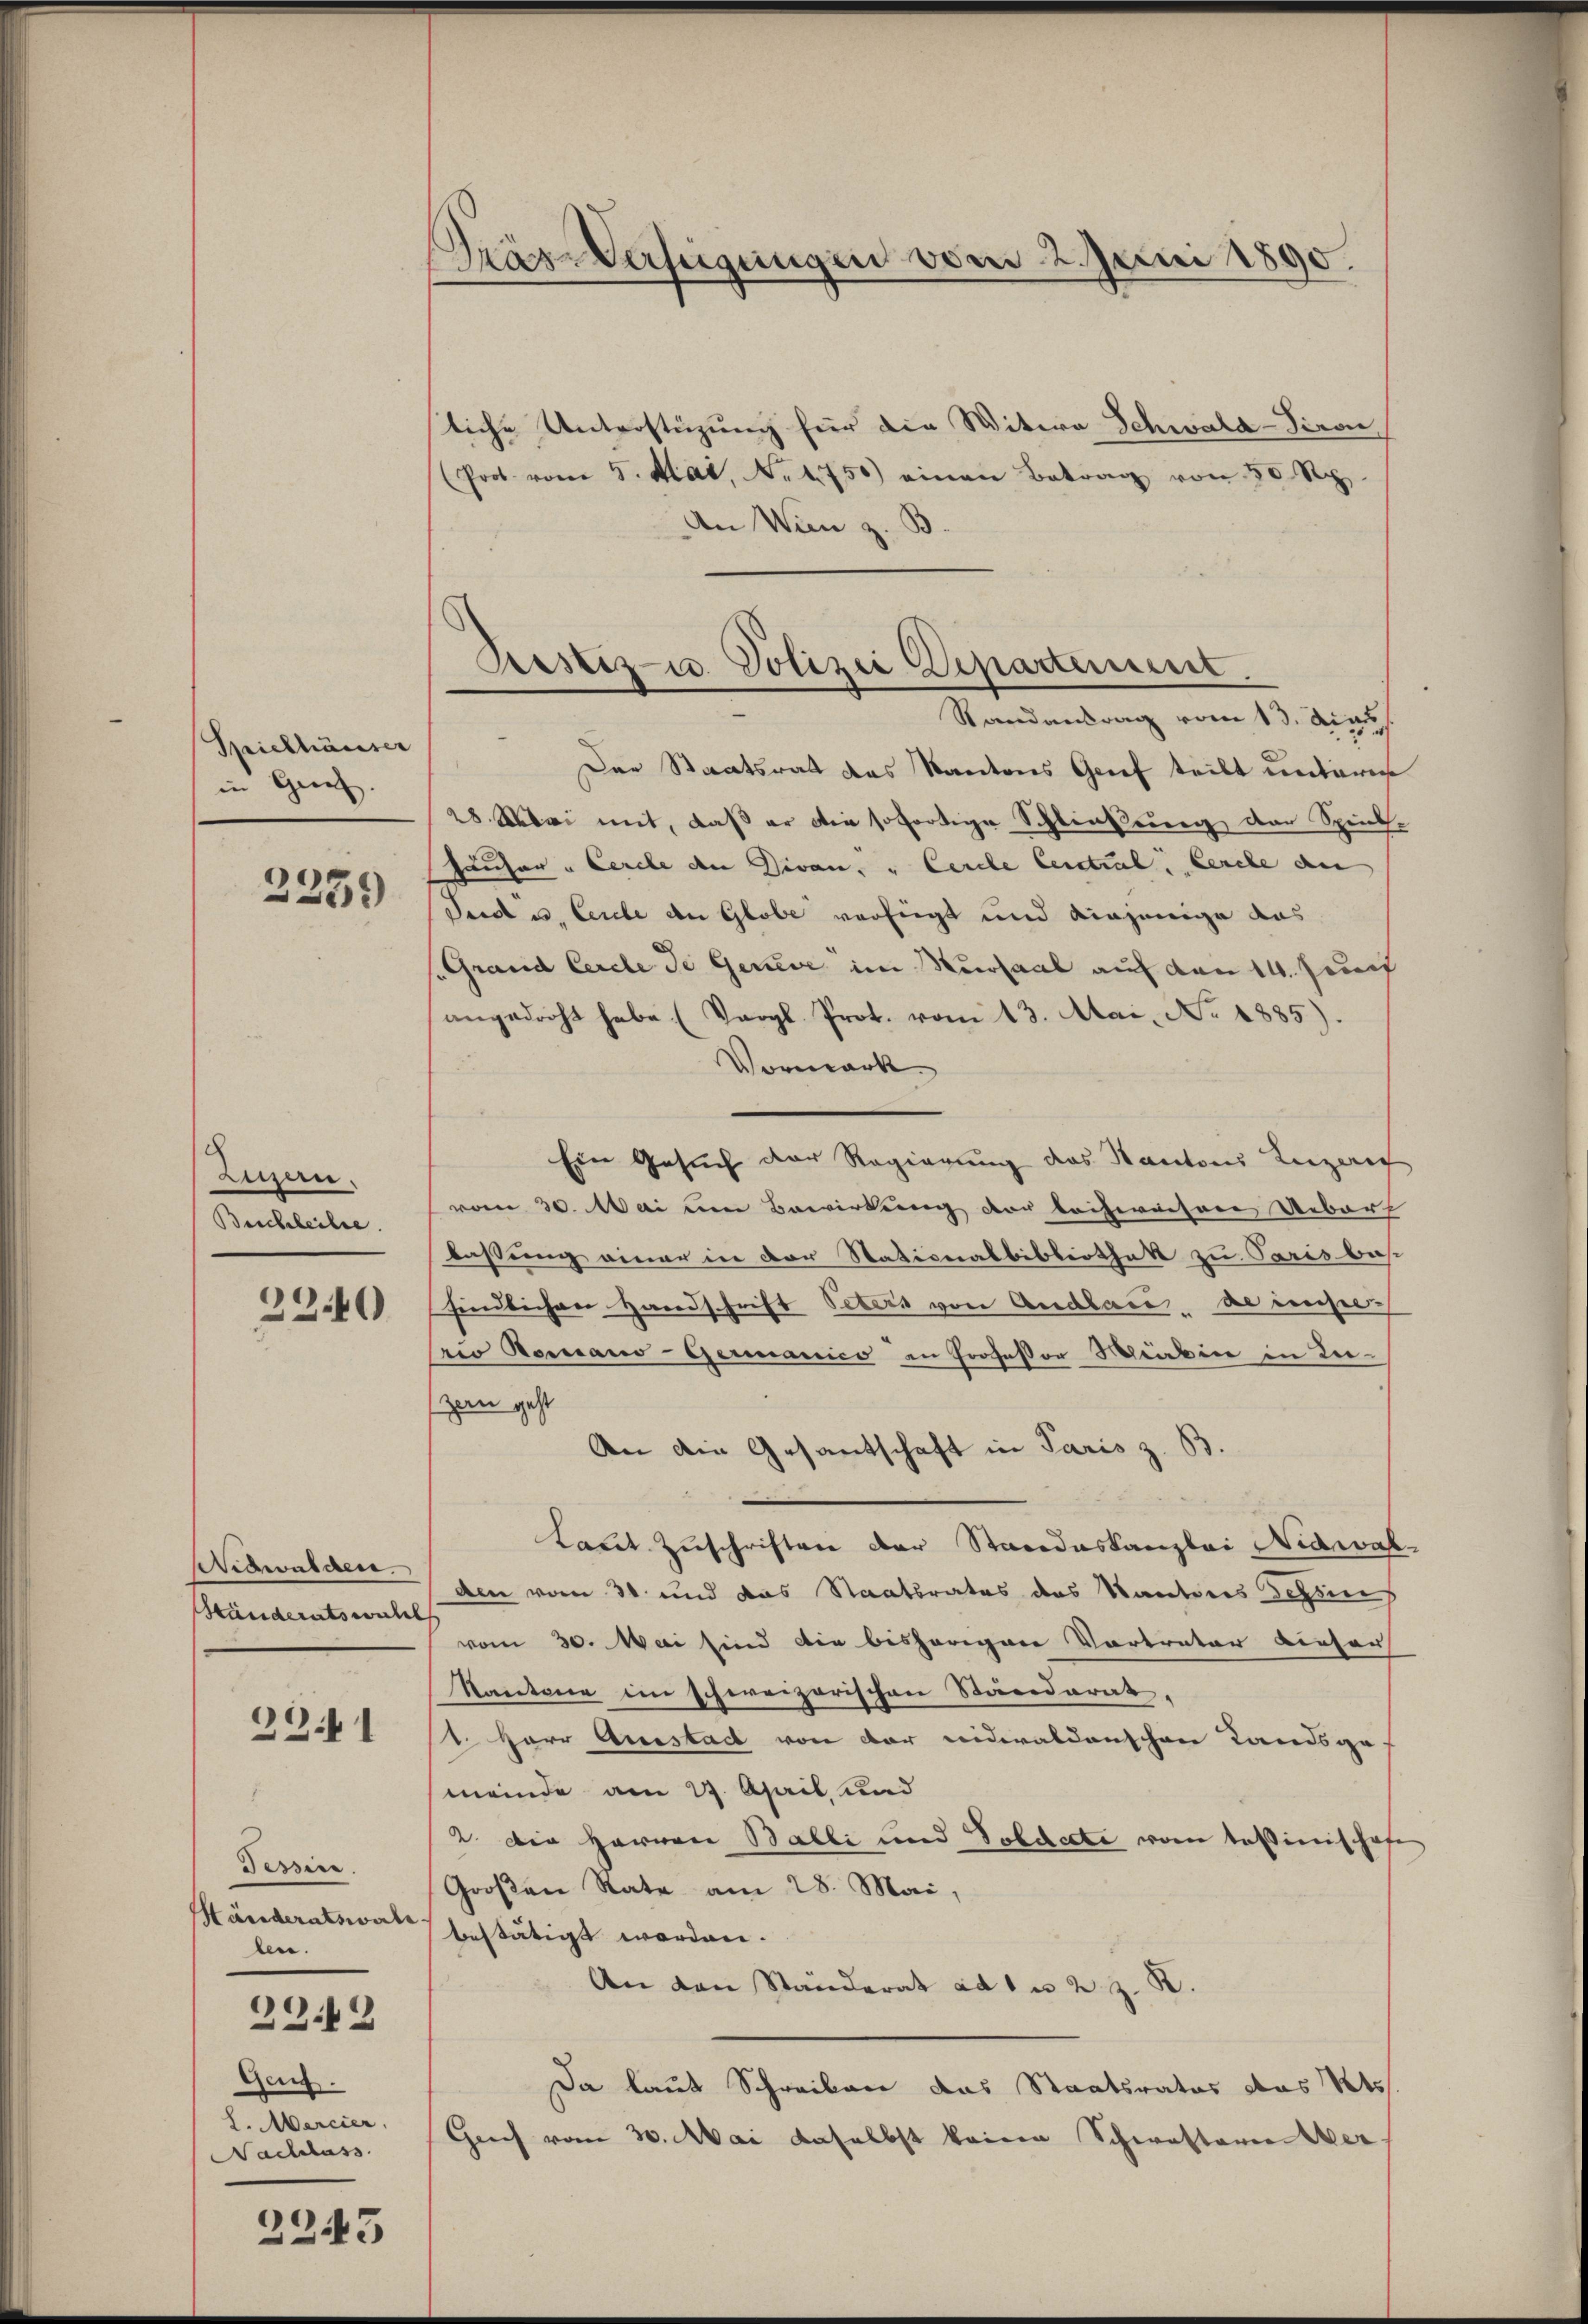
Spielhäuser
in Grenz.
2239

Luzern.
Beschleilre

32.40)

Wedwalden.
Händeratswahl

2341

Tessine.
Händeratswald
len.
23.12
Geuf
L. Mercier,
Nachlass

2243

Träs-Verfügungen vom 2. Juni 1890.

liche Unterstüzung für die Witwe Schwald-Tiro
(Prof. vom 5. Mai, Nr. 1750) einen Betrag von 30 Rp.
An Wien z. B
Randantrag vom 13. Mias
Der Staatsrath das Kantons Grief teilt unterge
28. Mai mit, daß er die sofortige Schließung der Spielhäuser " Cercle den Givan, u Cerche Central Lerche den
Secdis, Cerebe an Globe verfügt und einjenige das
Grand Cercle de Geneve im Kursaal auf den 14. Jun
angedroht habe. (Vergl. Prot. vom 13. Mai, No. 1885).
Vormark
Ein Gesuch der Regierung des Kantons Reizeris
vom 30. Mai um Bewirkung vor leiseraisene Uebert
lassung einer in der Stationalbibliothek zu Paris bes
findlichen Handschrift Peters von Andlace de enselrio Romano-Germanico in Professor Miaben in Liezan geht
An die Gesantschaft in Paris z. B.
Laut Zuschriften der Standeskanzlei Nidwal-
den vom 31 und das Staatsrates des Kantons Tessin
vom 30. Mai sind die bisherigen Vortrator dieser
Kantone im schweizerischen Standerat,
1. Herr Ausstadt von der nidealdenschen Landsge-
meinde am 27. April und
2. Die Hervon Balli und Vollecte vom Tessinischofe
Großen Rate am 28. Mai,
bestätigt worden.
An den Ständerat ad 1 u 2. z. B.
Da laut Schreiben das Staatsrates das Pets
Gries vom 30. Mai daselbst keinen Schwestern Wer

Bestiz- u. Polizei Departement.